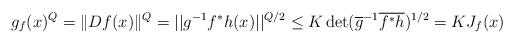
LaTeX: \begin{align*} g_f(x)^Q=\|Df(x)\|^{Q}=||g^{-1}f^*h(x)||^{Q/2}\leq K\det(\overline{g}^{-1}\overline{f^*h})^{1/2}=KJ_f(x) \end{align*}